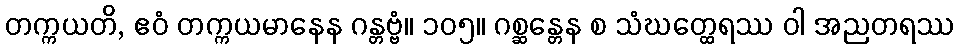
တက္ကယတိ, ဧဝံ တက္ကယမာနေန ဂန္တဗ္ဗံ။ ၁၀၅။ ဂစ္ဆန္တေန စ သံဃတ္ထေရဿ ဝါ အညတရဿ